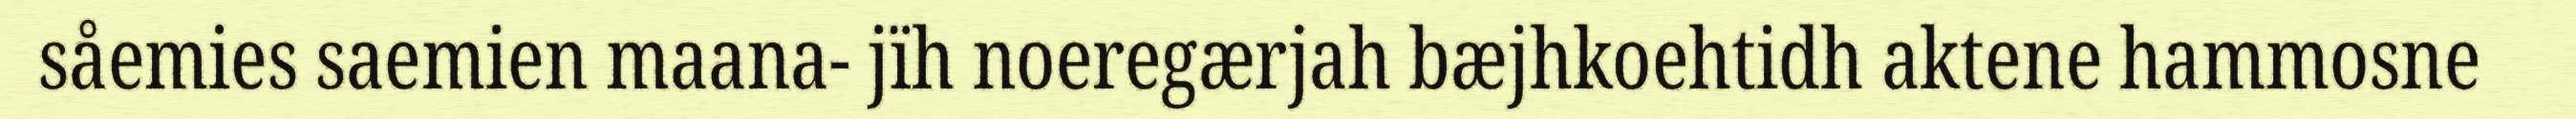
såemies saemien maana- jïh noeregærjah bæjhkoehtidh aktene hammosne